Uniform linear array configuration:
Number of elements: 24
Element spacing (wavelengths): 1
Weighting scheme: uniform
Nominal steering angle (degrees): -45
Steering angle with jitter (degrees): -44.435
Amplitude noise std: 0.05
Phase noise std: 0.05

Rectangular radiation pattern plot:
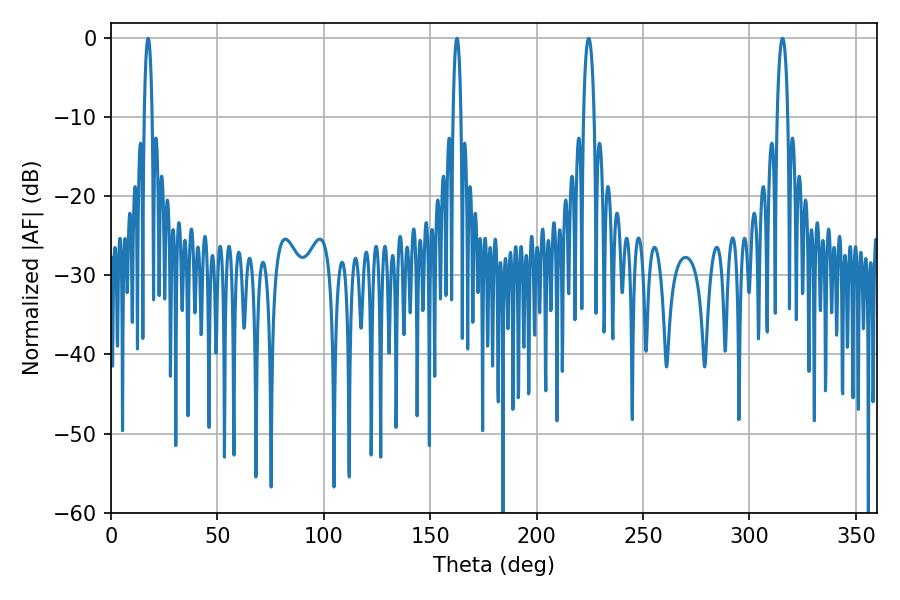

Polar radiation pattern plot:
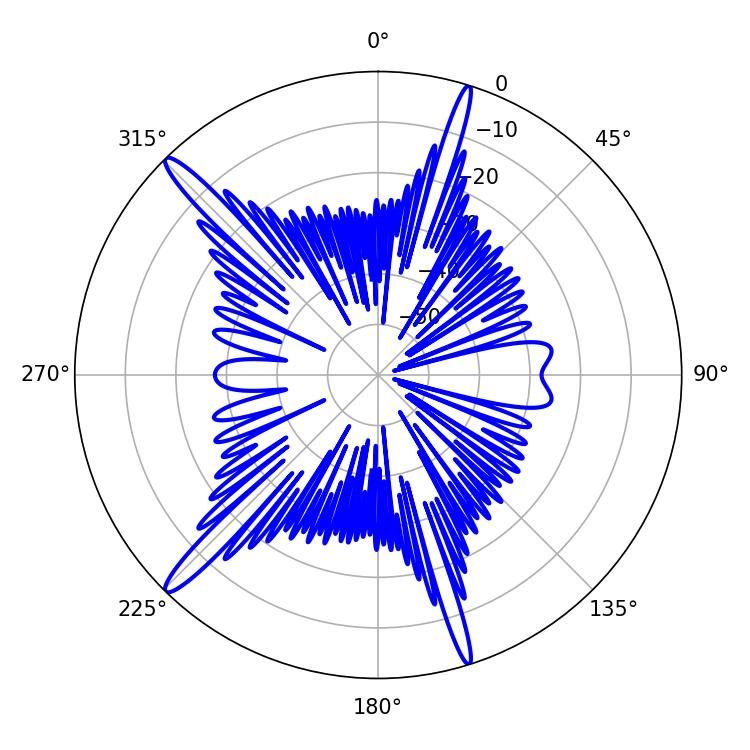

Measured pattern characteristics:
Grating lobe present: TRUE
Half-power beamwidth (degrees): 2.88
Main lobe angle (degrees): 224.46